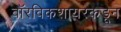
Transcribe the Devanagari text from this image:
वॉरविकशायरकडून